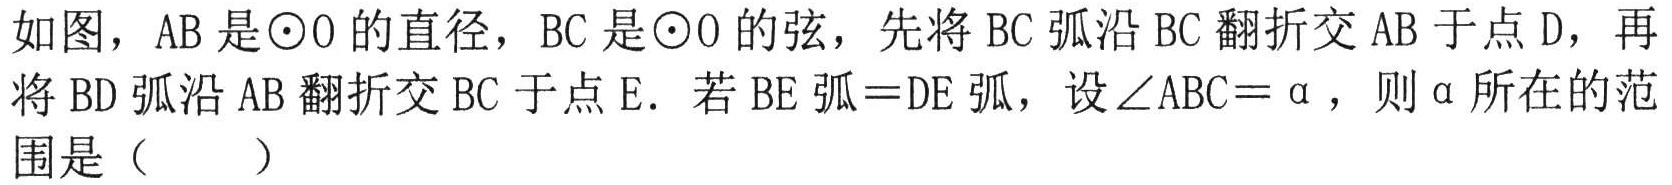
如图，AB是\(\odot O\)的直径，BC是\(\odot O\)的弦，先将BC弧沿BC翻折交AB于点D，再将BD弧沿AB翻折交BC于点E．若BE弧=DE弧，设\(\angle ABC = \alpha\)，则\(\alpha\)所在的范围是（  ）